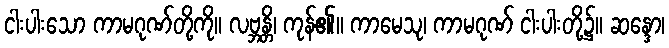
ငါးပါးသော ကာမဂုဏ်တို့ကို။ လဗ္ဘန္တိ၊ ကုန်၏။ ကာမေသု၊ ကာမဂုဏ် ငါးပါးတို့၌။ ဆန္ဒော၊